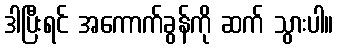
ဒါပြီးရင် အကောက်ခွန်ကို ဆက် သွားပါ။